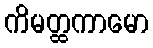
ကိမတ္ထကာမော